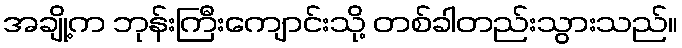
အချို့က ဘုန်းကြီးကျောင်းသို့ တစ်ခါတည်းသွားသည်။